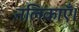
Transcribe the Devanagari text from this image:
नलिकाएँ।